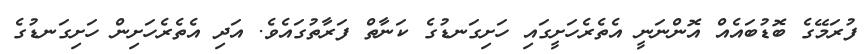
ފުރަމޭގެ ބޮޑުބައެއް އޮންނަނީ އެތެރެހަށީގައި ހަށިގަނޑުގެ ކަނާތް ފަރާތުގައެވެ. އަދި އެތެރެހަށިން ހަށިގަނޑުގެ